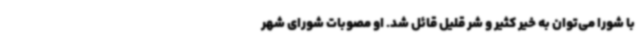
با شورا می‌توان به خیر کثیر و شر قلیل قائل شد. او مصوبات شورای شهر